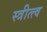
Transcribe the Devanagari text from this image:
स्त्रीत्त्व